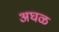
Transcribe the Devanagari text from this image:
अघळ